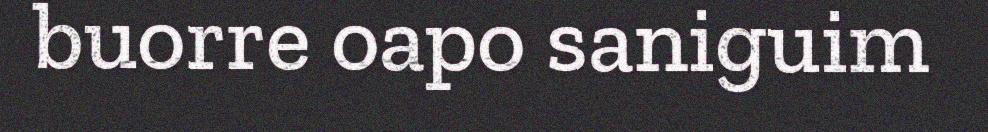
buorre oapo saniguim